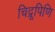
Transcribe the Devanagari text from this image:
चिद्रूपिणि